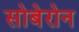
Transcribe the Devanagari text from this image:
सोबेरोन